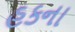
હકના